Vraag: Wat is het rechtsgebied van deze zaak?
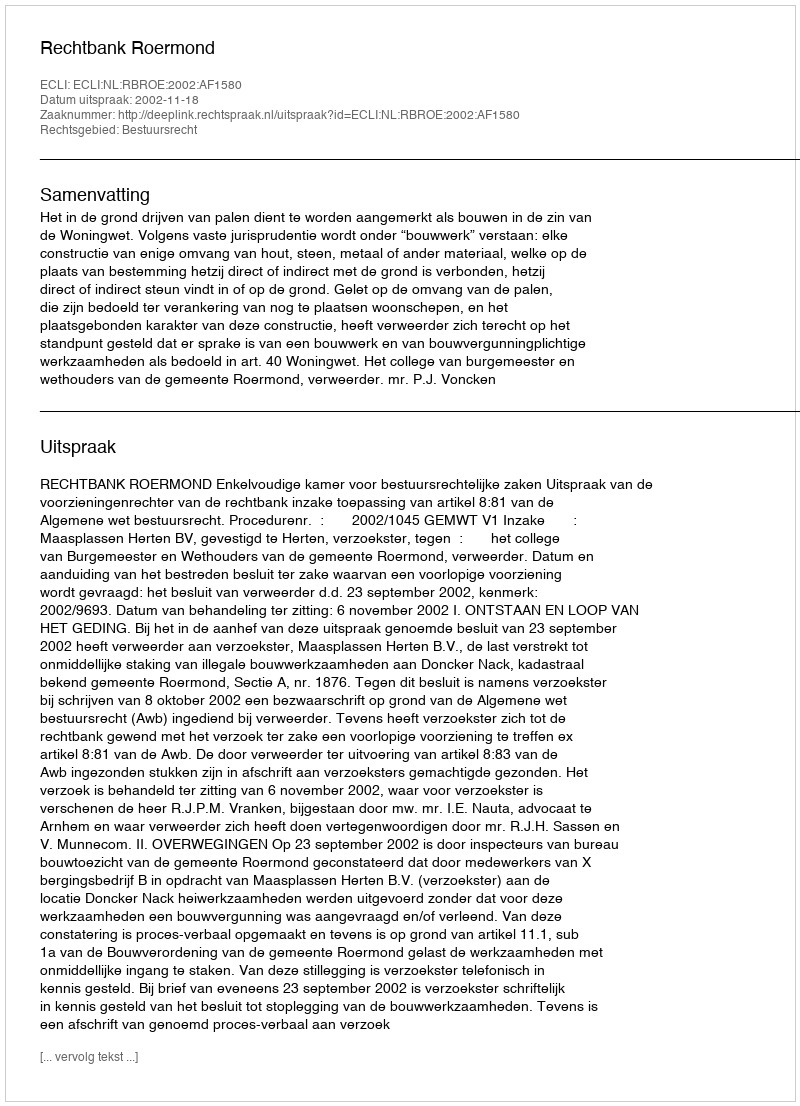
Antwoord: Bestuursrecht